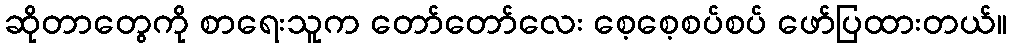
ဆိုတာတွေကို စာရေးသူက တော်တော်လေး စေ့စေ့စပ်စပ် ဖော်ပြထားတယ်။